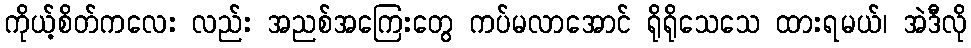
ကိုယ့်စိတ်ကလေး လည်း အညစ်အကြေးတွေ ကပ်မလာအောင် ရိုရိုသေသေ ထားရမယ်၊ အဲဒီလို